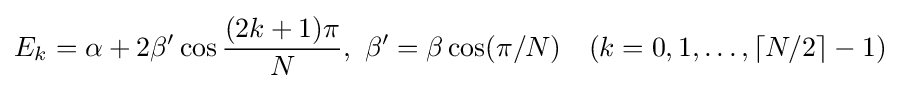
E_{k}=\alpha +2\beta '\cos {\frac {(2k+1)\pi }{N}},\ \beta '=\beta \cos(\pi /N)\quad (k=0,1,\ldots ,\lceil N/2\rceil -1)